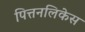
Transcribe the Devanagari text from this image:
पित्तनलिकेस